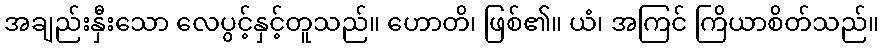
အချည်းနှီးသော လေပွင့်နှင့်တူသည်။ ဟောတိ၊ ဖြစ်၏။ ယံ၊ အကြင် ကြိယာစိတ်သည်။